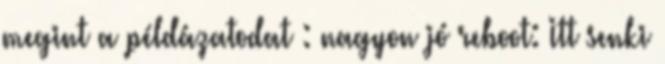
megint a példázatodat : nagyon jó reboot: Itt senki